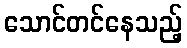
သောင်တင်နေသည့်